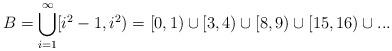
LaTeX: \begin{align*}B = \bigcup_{i=1}^\infty [i^2-1,i^2) =[0,1) \cup [3,4) \cup [8,9) \cup [15,16) \cup ...\end{align*}